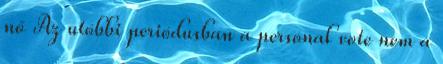
nő Az utóbbi periódusban a personal vote nem a